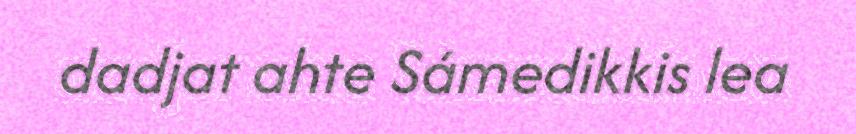
dadjat ahte Sámedikkis lea